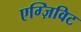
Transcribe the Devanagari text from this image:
एग्ज़िविट